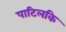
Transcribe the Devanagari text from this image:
पाटिलकि